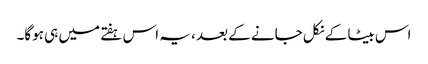
اس بیٹا کے نکل جانے کے بعد ، یہ اس ہفتے میں ہی ہوگا۔